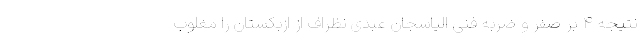
نتیجه ۴ بر صفر و ضربه فنی الیاسجان عبدی نظراف از ازبکستان را مغلوب